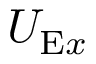
U _ { \mathrm { E } x }